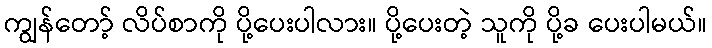
ကျွန်တော့် လိပ်စာကို ပို့ပေးပါလား။ ပို့ပေးတဲ့ သူကို ပို့ခ ပေးပါမယ်။